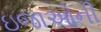
ઇજાઓની